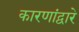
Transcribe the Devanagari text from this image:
कारणांद्वारे